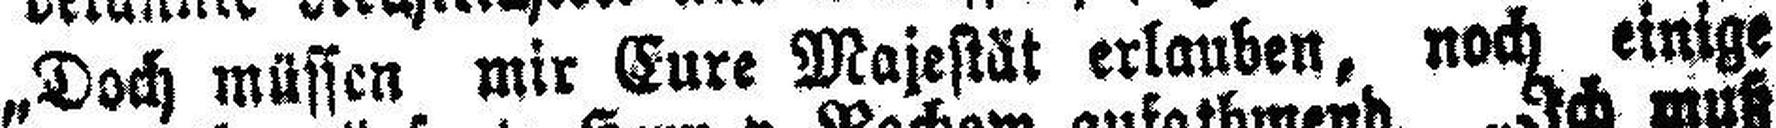
„Doch müssen mir Eure Majestät erlauben, noch einige